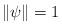
LaTeX: \begin{align*}\|\psi\|=1\quad\quad\end{align*}